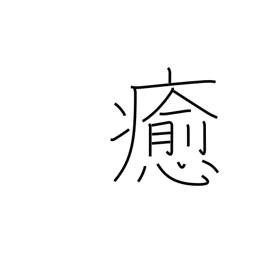
Meaning: wreak